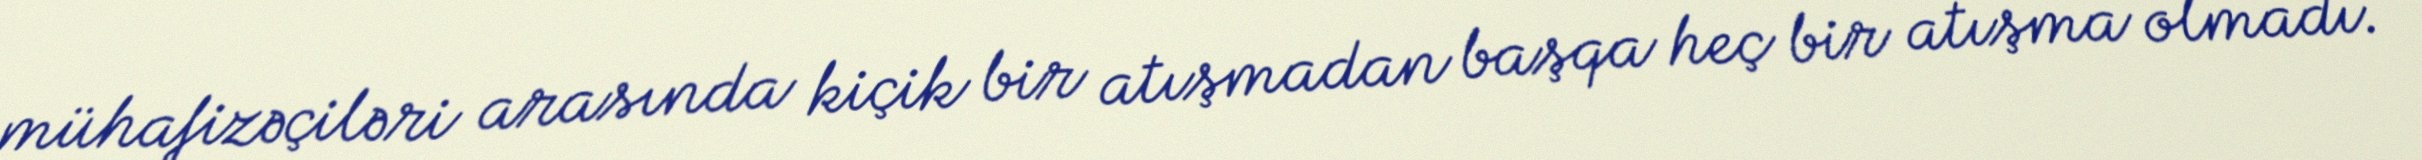
mühafizəçiləri arasında kiçik bir atışmadan başqa heç bir atışma olmadı.